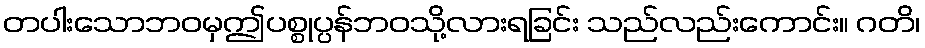
တပါးသောဘဝမှဤပစ္စုပ္ပန်ဘဝသို့လားရခြင်း သည်လည်းကောင်း။ ဂတိ၊